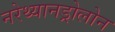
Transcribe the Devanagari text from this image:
नरेथ्यानड्रोलोन